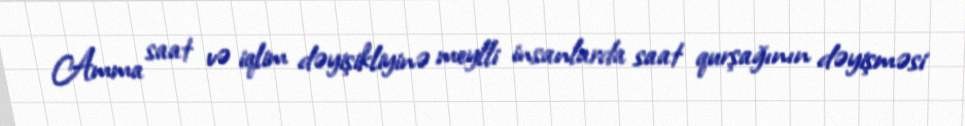
Amma saat və iqlim dəyişikliyinə meylli insanlarda saat qurşağının dəyişməsi